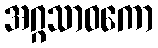
အဂ္ဂသာဝကော